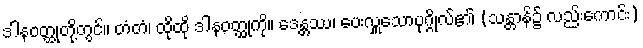
ဒါနဝတ္ထုတို့တွင်။ တံတံ၊ ထိုထို ဒါနဝတ္ထုကို။ ဒေန္တဿ၊ ပေးလှူသောပုဂ္ဂိုလ်၏ (သန္တာန်၌ လည်းကောင်း)